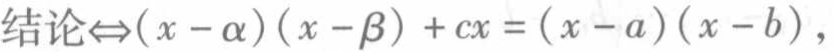
结论$\Leftrightarrow(x - \alpha)(x - \beta)+cx=(x - a)(x - b)$，